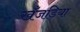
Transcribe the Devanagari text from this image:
खँजड़िया